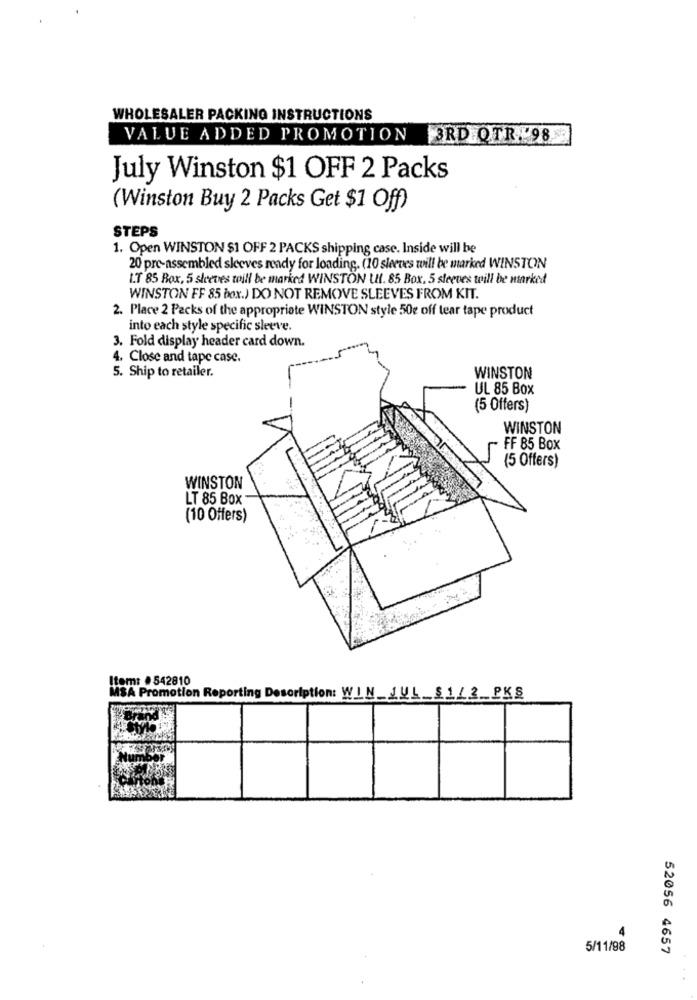
WHOLESALER PACKING INSTRUCTIONS
VALUE ADDED PROMOTION 3RD QTR. 98
July Winston $1 OFF 2 Packs
(Winston Buy 2 Packs Get $1 Off)
STEPS
1. Open WINSTON $1 OFF 2 PACKS shipping case. Inside will be
20 pre-assembled sleeves ready for loading. (10 sleeves will be marked WINSTON
IT 85 Box, 5 sleves toill be marked WINSTON UI. 85 Box, 5 sleeves will be marked
WINSTON FF 85 box.) DO NOT REMOVE SLEEVES FROM KIT.
2. Place 2 Packs of the appropriate WINSTON style 50e off tear tape product
into each style specific sleeve.
3. Fold display header card down.
4. Close and tape case.
5. Ship to retailer.
WINSTON
UL 85 Box
(5 Offers)
WINSTON
FF 85 Box
(5 Offers)
WINSTON
LT 85 Box
(10 Offers)
Item: #542810
MSA Promotion Reporting Description: WIN_JUL_$1/2_PKS
5/11/98
52056 4657